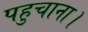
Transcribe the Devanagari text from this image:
पहुचाना।